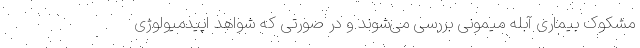
مشکوک بیماری آبله میمونی بررسی می‌شوند و در صورتی که شواهد اپیدمیولوژی